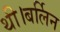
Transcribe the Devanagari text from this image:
थी।बर्लिन